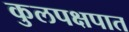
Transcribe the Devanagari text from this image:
कुलपक्षपात